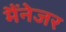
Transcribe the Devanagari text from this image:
मैंनेजर